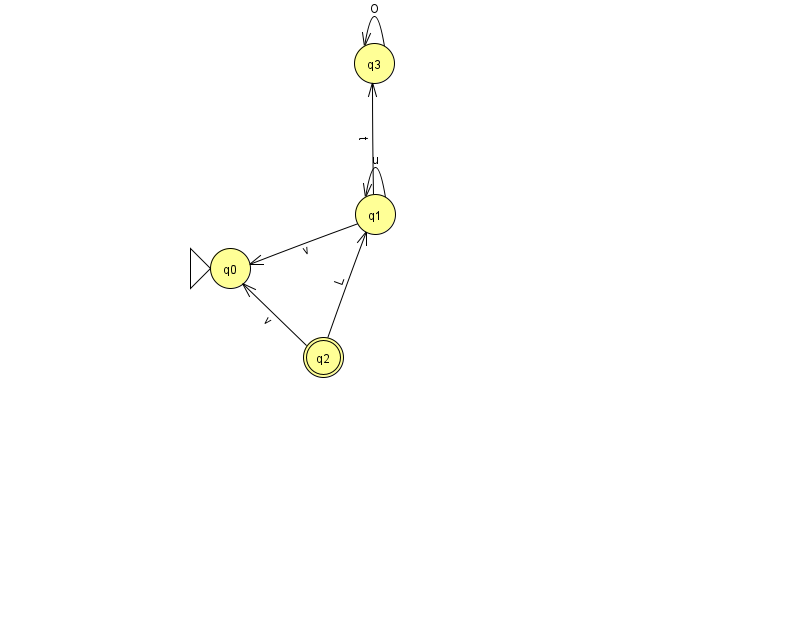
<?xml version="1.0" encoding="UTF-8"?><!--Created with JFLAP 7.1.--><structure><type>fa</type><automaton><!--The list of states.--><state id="0" name="q0"><x>230.0</x><y>255.0</y><initial/></state><state id="1" name="q1"><x>375.0</x><y>201.0</y></state><state id="2" name="q2"><x>323.0</x><y>344.0</y><final/></state><state id="3" name="q3"><x>374.0</x><y>50.0</y></state><!--The list of transitions.--><transition><from>2</from><to>1</to><read>L</read></transition><transition><from>1</from><to>0</to><read>v</read></transition><transition><from>1</from><to>1</to><read>u</read></transition><transition><from>2</from><to>0</to><read>v</read></transition><transition><from>1</from><to>3</to><read>t</read></transition><transition><from>3</from><to>3</to><read>O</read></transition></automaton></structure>